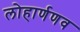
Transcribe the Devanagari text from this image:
लोहार्णणव